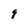
Character: 9